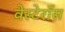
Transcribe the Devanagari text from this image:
वेस्टेरॉस